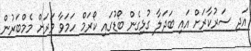
އަދި ސަރުކާރަށް އައި ބަދަލާ ގުޅިގެން ބޯޑުގައި ކޯރަމް ހަމަވާ ވަރަށް މެމްބަރުން